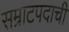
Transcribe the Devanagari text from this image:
सम्राटपदाची